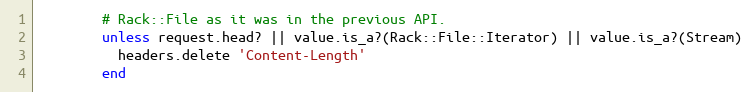
Language: Ruby
        # Rack::File as it was in the previous API.
        unless request.head? || value.is_a?(Rack::File::Iterator) || value.is_a?(Stream)
          headers.delete 'Content-Length'
        end